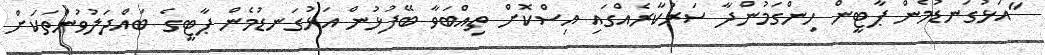
"އަޅުގަނޑުމެން ޕާޓީން ހިންގަމުންދާ ސަރުކާރެއްގައި އިސްކޮށް ތިއްބަވާ ބޭފުޅުން އަޅުގަނޑުމެން ޕާޓީގެ ބައްދަލުވުންތަކަށް